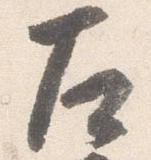
左